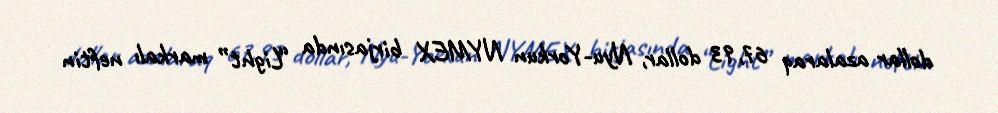
dollar azalaraq 67,93 dollar, Nyu-Yorkun NYMEX birjasında “Light” markalı neftin